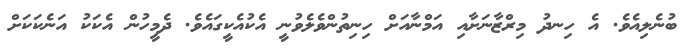
ބުނެލިއެވެ. އެ ހިނދު މިރްޒާނަށާއި އަމްނާއަށް ހިނިތުންވެލެވުނީ އެކުއެކީގައެވެ. ދެމީހުން އެކަކު އަނެކަކަށް